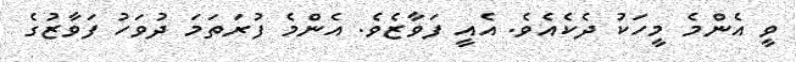
ވީ އެންމެ މީހަކު ދެކެއެވެ. އެއީ ފަވާޒެވެ. އެންމެ ފުރަތަމަ ދުވަހު ފަވާޒުގެ